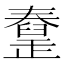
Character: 𦦜